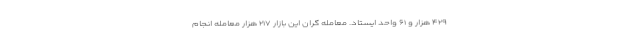
۴۲۹ هزار و ۶۱ واحد ایستاد. معامله گران این بازار ۲۱۷ هزار معامله انجام